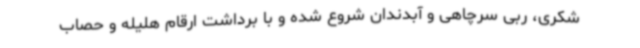
شکری، ربی سرچاهی و آبدندان شروع شده و با برداشت ارقام هلیله و حصاب